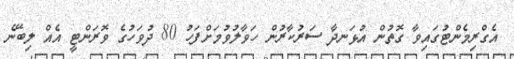
އެގްރިމެންޓުގައިވާ ގޮތުން އުޅަނދާ ސަރުކާރުން ހަވާލުވުމަށްފަހު 80 ދުވަހުގެ ވޮރަންޓީ އެއް ލިބޭނެ